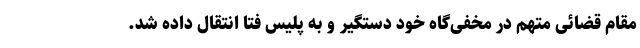
مقام قضائی متهم در مخفی‌گاه خود دستگیر و به پلیس فتا انتقال داده شد.